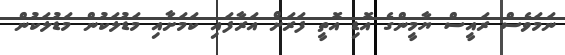
ނަމަވެސް ރައީސް ޔާމީންގެ އޮޑި އޮތީ ފަރަށް އަރާފައި ކަމަށާއި މަޑުލަކުން މަޑުލަކުން